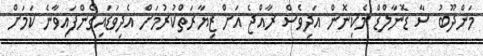
މަންދޫބު ސާ ޑޮނާލްޑް މެކިނޮން އަދިވެސް ރާއްޖެ އަށް ޒިޔާރަތްކުރުމަށް އެދިވަޑައިގެންފައިވާނެ ކަމަށް